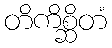
တိကိစ္ဆိတံ